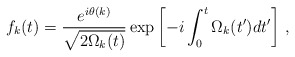
\begin{align*}f_k(t)=\frac{e^{i\theta(k)}}{\sqrt{2\Omega_k(t)}}\exp\left[-i\int_0^t\Omega_k(t')dt'\right]\,,\end{align*}